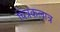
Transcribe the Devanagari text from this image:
चित्रकलात्र